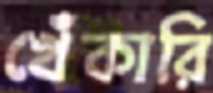
খেঁকারি